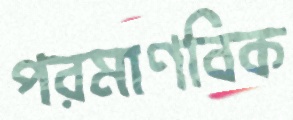
পরমাণবিক